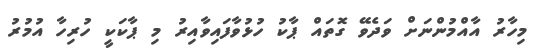
މިހާރު އާއްމުންނަށް ވަދެވޭ ގޮތައް ޕާކު ހުޅުވާފައިވާއިރު މި ޕާކަކީ ހުރިހާ އުމުރު